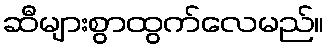
ဆီများစွာထွက်လေမည်။